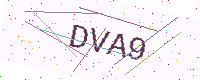
Text: DVA9